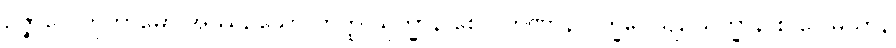
ဥဇ္ဇာလေတုကာမော အဿ, သော တတ္ထ သုက္ခာနိ စေဝ တိဏာနိ ပက္ခိပေယျ, သုက္ခာနိ စ ဂေါမယာနိ